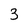
Character: 3